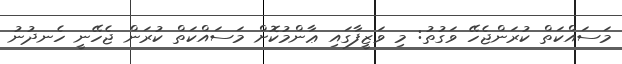
މަސައްކަތް ކުރަންޖެހޭ ވަގުތު: މި ވަޒީފާގައި ޢާންމުކޮށް މަސައްކަތް ކުރަން ޖެހޭނީ ހެނދުނު